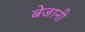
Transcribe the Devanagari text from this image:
बेजानी